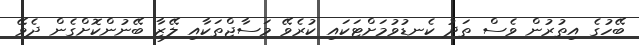
ބޭހުގެ އިތުރުން ވެސް ތަދު ކެނޑުވުމަށްޓަކައި ކުރެވޭ މަސާޖްތަކާއި ލޭޒާ ބޭނުންކޮށްގެން ދެވޭ